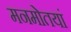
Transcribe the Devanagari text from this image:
मनमोतयां